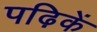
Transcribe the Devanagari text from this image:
पढ़िकें